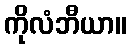
ကိုလံဘီယာ။